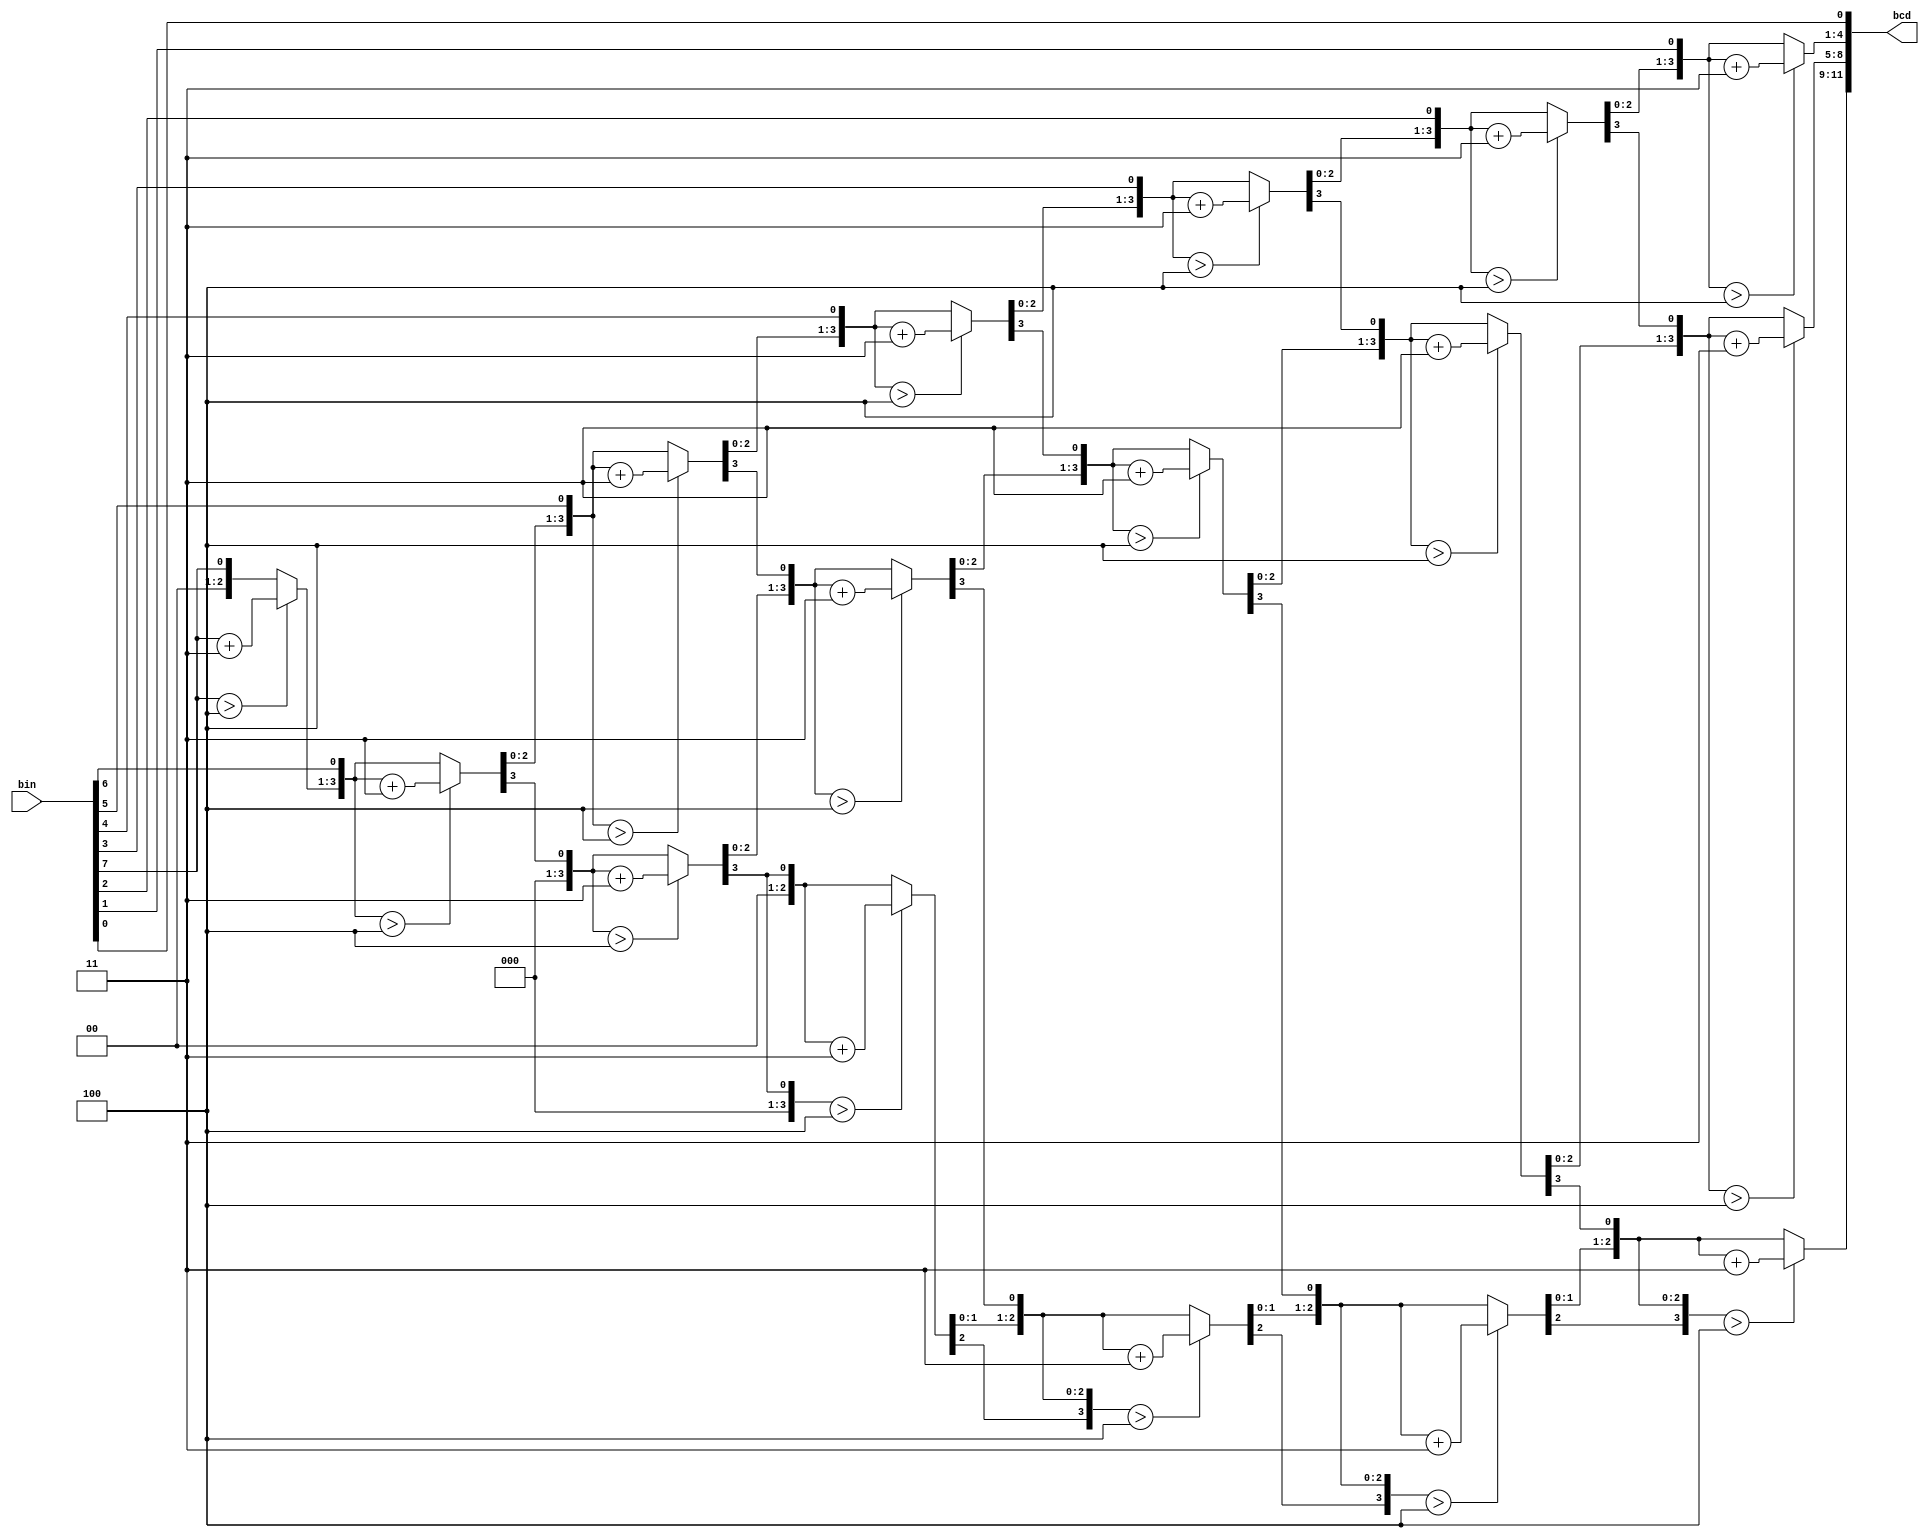
module bin2bcd(bin,bcd);
    input [7:0] bin;
    output reg [11:0] bcd; 
    reg [3:0] i;   
     
     //Always block - implement the Double Dabble algorithm
     always @(bin)
        begin
            bcd = 0; //initialize bcd to zero.
            for (i = 0; i < 8; i = i+1) //run for 8 iterations
            begin
                bcd = {bcd[10:0],bin[7-i]}; //concatenation
                    
                //if a hex digit of 'bcd' is more than 4, add 3 to it.  
                if(i < 7 && bcd[3:0] > 4) 
                    bcd[3:0] = bcd[3:0] + 3;
                if(i < 7 && bcd[7:4] > 4)
                    bcd[7:4] = bcd[7:4] + 3;
                if(i < 7 && bcd[11:8] > 4)
                    bcd[11:8] = bcd[11:8] + 3;  
            end
        end     
                
endmodule